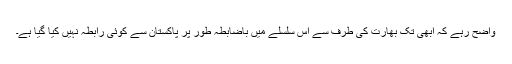
واضح رہے کہ ابھی تک بھارت کی طرف سے اس سلسلے میں باضابطہ طور پر پاکستان سے کوئی رابطہ نہیں کیا گیا ہے۔